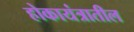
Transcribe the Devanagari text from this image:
होकायंत्रातील